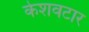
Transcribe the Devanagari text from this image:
केशवटार